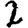
Digit: 2